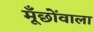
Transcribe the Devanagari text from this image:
मूँछोंवाला